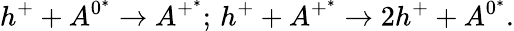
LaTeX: {h^{+}}+{A^{0^{*}}}\rightarrow{A^{+^{*}}};\, {h^{+}}+{A^{+^{*}}}\rightarrow 2{h^{+}}+{A^{0^{*}}}.